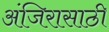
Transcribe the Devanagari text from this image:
अंजिरासाठी